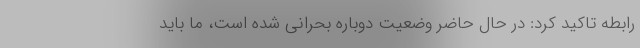
رابطه تاکید کرد: در حال حاضر وضعیت دوباره بحرانی شده است، ما باید